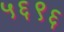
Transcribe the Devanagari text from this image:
५६९६